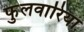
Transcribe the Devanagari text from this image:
फुलवारिया